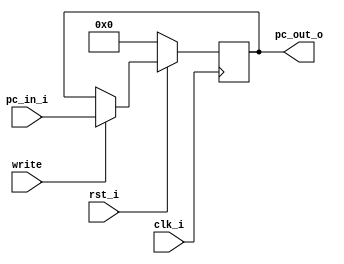
//Writer:      0416021 0416246

module ProgramCounter(
    clk_i,
	rst_i,
	pc_in_i,
	pc_out_o,
	write
	);
     
//I/O ports
input           clk_i;
input	        rst_i;
input  [32-1:0] pc_in_i;
input				write;
output [32-1:0] pc_out_o;
 
//Internal Signals
reg    [32-1:0] pc_out_o;
 
//Parameter

    
//Main function
always @(posedge clk_i) begin
    if(~rst_i)
	    pc_out_o <= 0;
	else if(write == 1'b1)
	    pc_out_o <= pc_in_i;
	else
		 pc_out_o <= pc_out_o;
end

endmodule